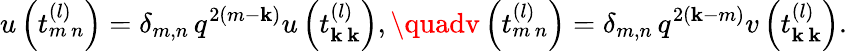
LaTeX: u\left(t_{m\, n}^{(l)}\right)=\delta_{m,n}\, q^{2(m-\mathbf{k})}u\left(t_{\mathbf{k}\, \mathbf{k}}^{(l)}\right),\quadv\left(t_{m\, n}^{(l)}\right)=\delta_{m,n}\, q^{2(\mathbf{k}-m)}v\left(t_{\mathbf{k}\, \mathbf{k}}^{(l)}\right).